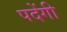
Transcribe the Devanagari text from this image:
पदेंगी